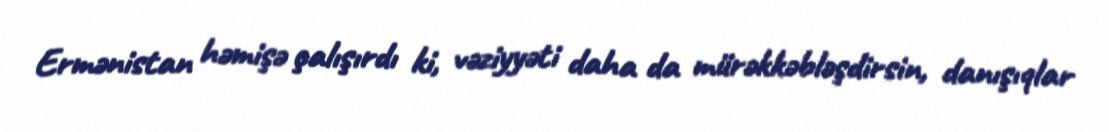
Ermənistan həmişə çalışırdı ki, vəziyyəti daha da mürəkkəbləşdirsin, danışıqlar